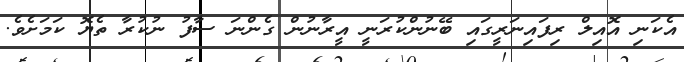
އެކަނި އޮއިލް ރިފައިނަރީގައި ބޭނުންކުރަނީ އީރާނުން ގެންނަ ސާފު ނުކުރާ ތެޔޮ ކަމަށެވެ.